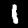
Digit: 1